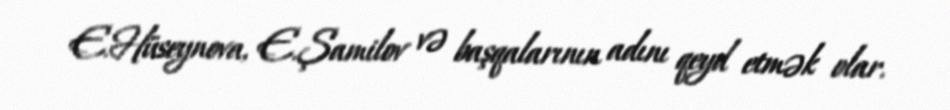
E.Hüseynova, E.Şamilov və başqalarının adını qeyd etmək olar.